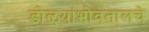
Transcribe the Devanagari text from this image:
डोळ्यांभोवतालचे